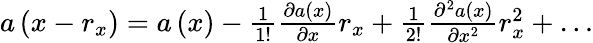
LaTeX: \begin{array}{r}{a\left(x-r_{x}\right)=a\left(x\right)-\frac{1}{1!}\frac{\partial a\left(x\right)}{\partial x}r_{x}+\frac{1}{2!}\frac{\partial^{2}a\left(x\right)}{\partial x^{2}}r_{x}^{2}+\dots}\end{array}